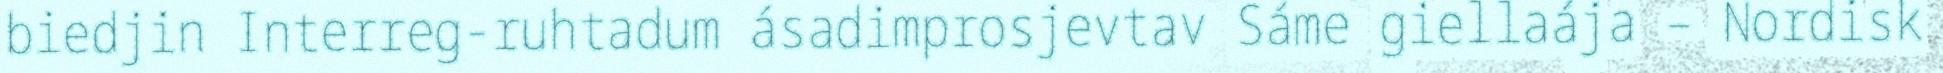
biedjin Interreg-ruhtadum ásadimprosjevtav Sáme giellaája – Nordisk